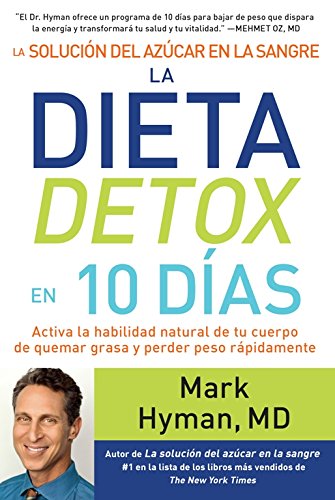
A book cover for La soluciÃ³n del azÃºcar en la sangre. La dieta detox en 10 dÃ­as (Spanish Edition); MD Mark Hyman; Health, Fitness & Dieting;